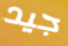
جيد